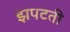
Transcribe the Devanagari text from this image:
झपटती